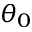
\theta _ { 0 }